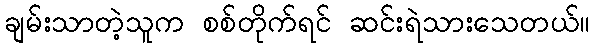
ချမ်းသာတဲ့သူက စစ်တိုက်ရင် ဆင်းရဲသားသေတယ်။